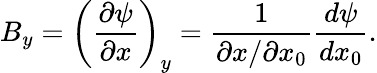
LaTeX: B_{y}=\left(\frac{\partial\psi}{\partial x}\right)_{y}=\frac{1}{\partial x/\partial x_{0}}\frac{d\psi}{dx_{0}}.